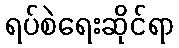
ရပ်စဲရေးဆိုင်ရာ